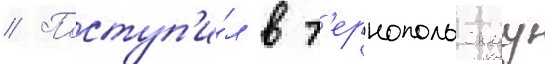
// Поступ'и́л в т'ернопольскуу